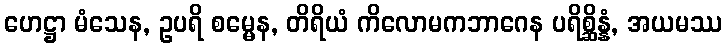
ဟေဋ္ဌာ မံသေန, ဥပရိ စမ္မေန, တိရိယံ ကိလောမကဘာဂေန ပရိစ္ဆိန္နံ, အယမဿ